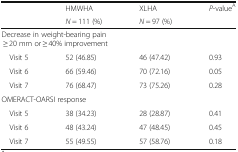
<table><thead><tr><td rowspan="2"></td><td><b>HMWHA</b></td><td><b>XLHA</b></td><td rowspan="2"><b><i>P</i>-value<sup>A</sup></b></td></tr><tr><td><b><i>N</i> = 111 (%)</b></td><td><b><i>N</i> = 97 (%)</b></td></tr></thead><tbody><tr><td colspan="3">Decrease in weight-bearing pain ≥ 20 mm or ≥ 40% improvement</td><td></td></tr><tr><td> Visit 5</td><td>52 (46.85)</td><td>46 (47.42)</td><td>0.93</td></tr><tr><td> Visit 6</td><td>66 (59.46)</td><td>70 (72.16)</td><td>0.05</td></tr><tr><td> Visit 7</td><td>76 (68.47)</td><td>73 (75.26)</td><td>0.28</td></tr><tr><td colspan="4">OMERACT-OARSI response</td></tr><tr><td> Visit 5</td><td>38 (34.23)</td><td>28 (28.87)</td><td>0.41</td></tr><tr><td> Visit 6</td><td>48 (43.24)</td><td>47 (48.45)</td><td>0.45</td></tr><tr><td> Visit 7</td><td>55 (49.55)</td><td>57 (58.76)</td><td>0.18</td></tr></tbody></table>